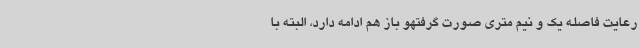
رعایت فاصله یک و نیم متری صورت گرفتهو باز هم ادامه دارد، البته با